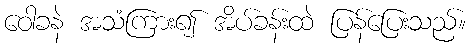
ဝေါခနဲ အသံကြား၍ အိပ်ခန်းထဲ ပြန်ပြေးသည်။